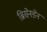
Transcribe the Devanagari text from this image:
ब्रिसेनडेन